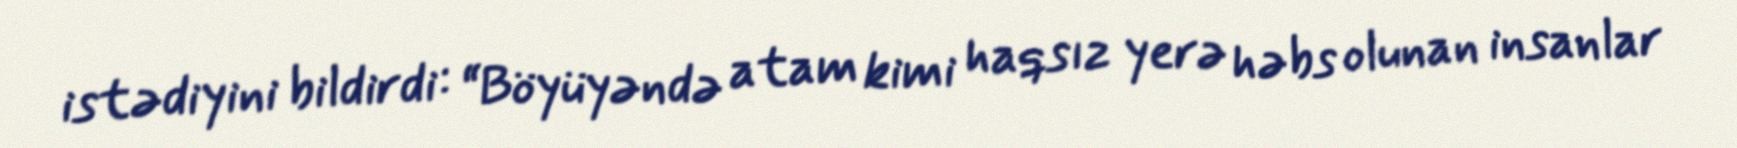
istədiyini bildirdi: “Böyüyəndə atam kimi haqsız yerə həbs olunan insanlar